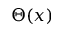
\Theta ( x )